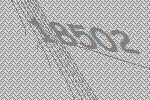
18502